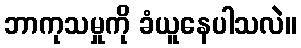
ဘာကုသမှုကို ခံယူနေပါသလဲ။